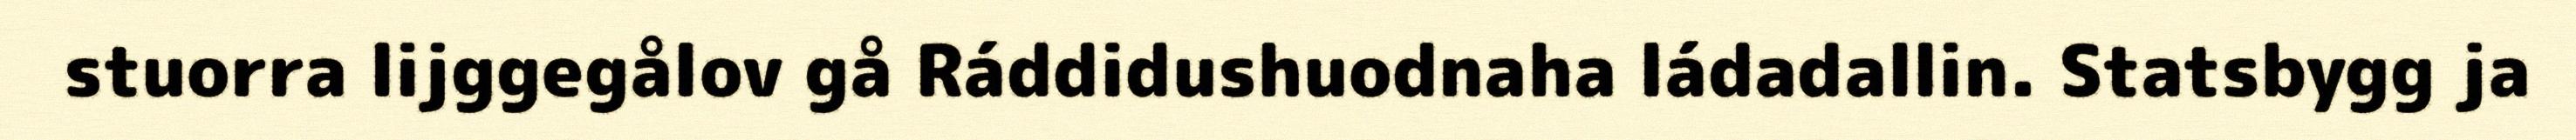
stuorra lijggegålov gå Ráddidushuodnaha ládadallin. Statsbygg ja